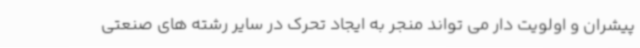
پیشران و اولویت دار می تواند منجر به ایجاد تحرک در سایر رشته های صنعتی